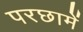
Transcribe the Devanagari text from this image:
परछामें